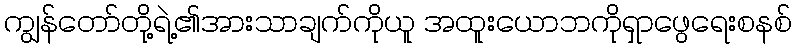
ကျွန်တော်တို့ရဲ့၏အားသာချက်ကိုယူ အထူးယောဘကိုရှာဖွေရေးစနစ်